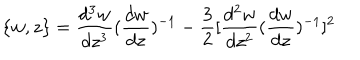
\{ w , z \} = \frac { d ^ { 3 } w } { d z ^ { 3 } } ( \frac { d w } { d z } ) ^ { - 1 } - \frac { 3 } { 2 } [ \frac { d ^ { 2 } w } { d z ^ { 2 } } ( \frac { d w } { d z } ) ^ { - 1 } ] ^ { 2 }